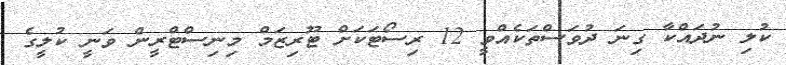
ކުލި ނުދައްކާ ގިނަ ދުވަސްތަކެއްވީ 12 ރިސޯޓަކަށް ޓޫރިޒަމް މިނިސްޓްރީން ވަނީ ކުލީގެ